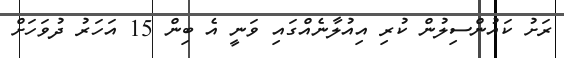
ރަށު ކައުންސިލުން ކުރި އިއުލާނެއްގައި ވަނީ އެ ބިން 15 އަހަރު ދުވަހަށް